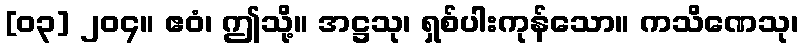
[၀၃] ၂၀၄။ ဧဝံ၊ ဤသို့။ အဋ္ဌသု၊ ရှစ်ပါးကုန်သော။ ကသိဏေသု၊